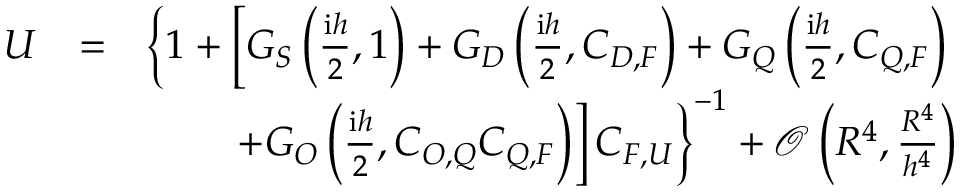
\begin{array} { r l r } { U } & { = } & { \left\{ 1 + \left[ G _ { S } \left( \frac { \mathrm { i } h } { 2 } , 1 \right) + G _ { D } \left( \frac { \mathrm { i } h } { 2 } , C _ { D , F } \right) + G _ { Q } \left( \frac { \mathrm { i } h } { 2 } , C _ { Q , F } \right) \right. \right. } \\ & { } & { \left. \left. + G _ { O } \left( \frac { \mathrm { i } h } { 2 } , C _ { O , Q } C _ { Q , F } \right) \right] C _ { F , U } \right\} ^ { - 1 } + \mathcal { O } \left( R ^ { 4 } , \frac { R ^ { 4 } } { h ^ { 4 } } \right) } \end{array}